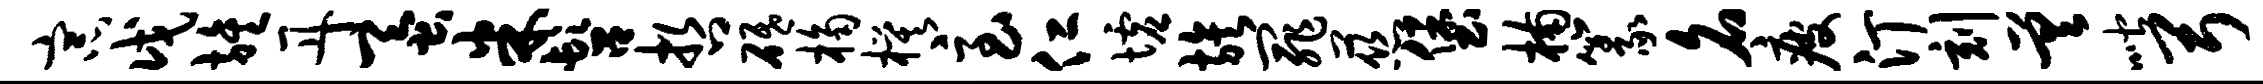
宗戊旌丹蚕米髫哲砥桷模急仁墟族罪慈堡楠篆名疲汀刻差喈弓